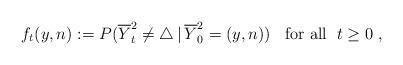
LaTeX: \begin{align*}f_{t}(y,n) := P(\overline{Y}^{2}_{t} \not= \bigtriangleup \,|\, \overline{Y}^{2}_{0} = (y,n)) \;\; \mbox{ for all }\;t \ge 0 \;,\end{align*}